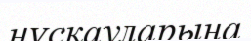
нұсқауларына